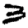
Digit: 3